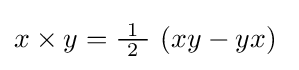
x\times y={\tfrac {\ 1\ }{2}}\ (xy-yx)~